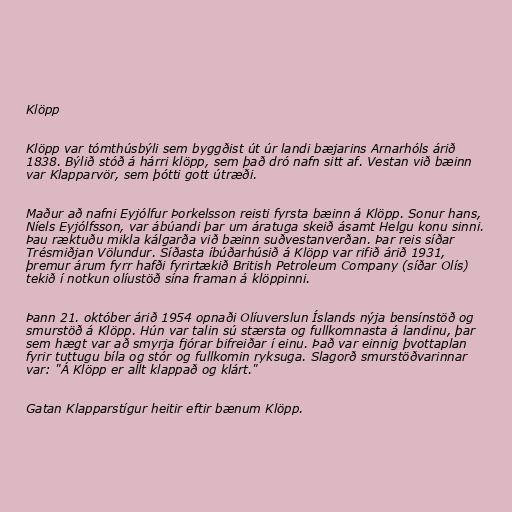
Klöpp

Klöpp var tómthúsbýli sem byggðist út úr landi bæjarins Arnarhóls árið
1838. Býlið stóð á hárri klöpp, sem það dró nafn sitt af. Vestan við bæinn
var Klapparvör, sem þótti gott útræði.

Maður að nafni Eyjólfur Þorkelsson reisti fyrsta bæinn á Klöpp. Sonur hans,
Níels Eyjólfsson, var ábúandi þar um áratuga skeið ásamt Helgu konu sinni.
Þau ræktuðu mikla kálgarða við bæinn suðvestanverðan. Þar reis síðar
Trésmiðjan Völundur. Síðasta íbúðarhúsið á Klöpp var rifið árið 1931,
þremur árum fyrr hafði fyrirtækið British Petroleum Company (síðar Olís)
tekið í notkun olíustöð sína framan á klöppinni.

Þann 21. október árið 1954 opnaði Olíuverslun Íslands nýja bensínstöð og
smurstöð á Klöpp. Hún var talin sú stærsta og fullkomnasta á landinu, þar
sem hægt var að smyrja fjórar bifreiðar í einu. Það var einnig þvottaplan
fyrir tuttugu bíla og stór og fullkomin ryksuga. Slagorð smurstöðvarinnar
var: "Á Klöpp er allt klappað og klárt."

Gatan Klapparstígur heitir eftir bænum Klöpp.